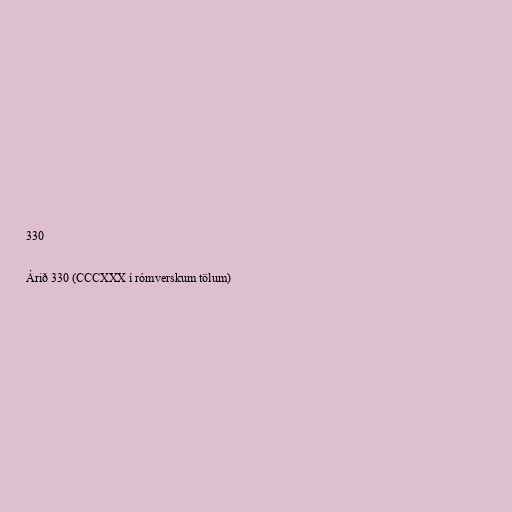
330

Árið 330 (CCCXXX í rómverskum tölum)